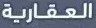
العقارية